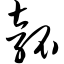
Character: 瓠